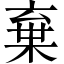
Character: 棄